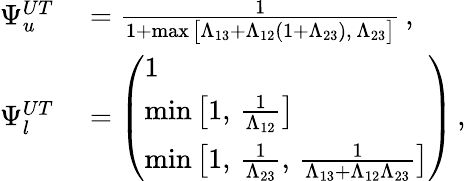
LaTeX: \begin{array}{rl}{\Psi_{u}^{UT}}&{{}=\frac{1}{1+\operatorname*{max}\big[\Lambda_{13}+\Lambda_{12}(1+\Lambda_{23}),\, \Lambda_{23}\big]}\, ,}\\ {\Psi_{l}^{UT}}&{{}=\left(\begin{array}{l}{1}\\ {\operatorname*{min}\big[1,\, \frac{1}{\Lambda_{12}}\big]}\\ {\operatorname*{min}\big[1,\, \frac{1}{\Lambda_{23}},\, \frac{1}{\Lambda_{13}+\Lambda_{12}\Lambda_{23}}\big]}\end{array}\right)\, ,}\end{array}